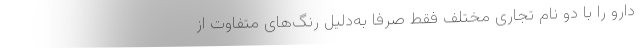
دارو را با دو نام تجاری مختلف فقط صرفاً به‌دلیل رنگ‌های متفاوت از